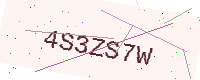
Text: 4S3ZS7W